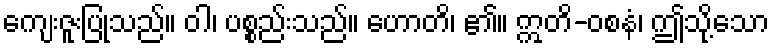
ကျေးဇူးပြုသည်။ ဝါ၊ ပစ္စည်းသည်။ ဟောတိ၊ ၏။ ဣတိ-ဝစနံ၊ ဤသို့သော